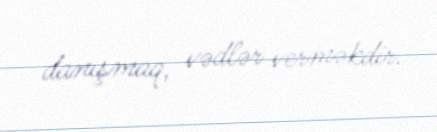
danışmaq, vədlər verməkdir.